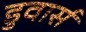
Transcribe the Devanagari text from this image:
डुवार्स